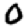
Digit: 0